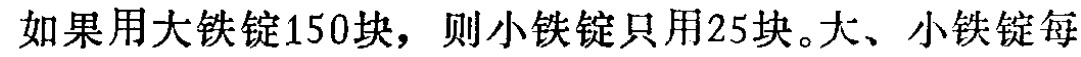
如果用大铁锭150块，则小铁锭只用25块。大、小铁锭每